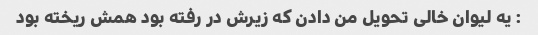
: یه لیوان خالی تحویل من دادن که زیرش در رفته بود همش ریخته بود